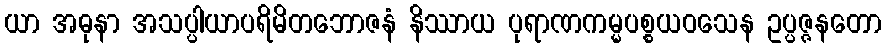
ယာ အဓုနာ အသပ္ပါယာပရိမိတဘောဇနံ နိဿာယ ပုရာဏကမ္မပစ္စယဝသေန ဥပ္ပဇ္ဇနတော